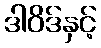
ဒါဝိဒ်နှင့်